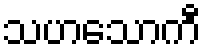
သဟသောကီ